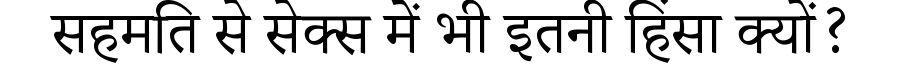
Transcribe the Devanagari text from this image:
सहमति से सेक्स में भी इतनी हिंसा क्यों?